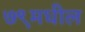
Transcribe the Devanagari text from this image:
७९मधील